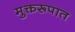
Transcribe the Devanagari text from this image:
मुक्तरूपात